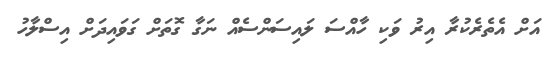
އަށް އެތެރެކުރާ އިރު ވަކި ހާއްސަ ލައިސަންސެއް ނަގާ ގޮތަށް ގަވައިދަށް އިސްލާހު